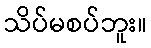
သိပ်မစပ်ဘူး။